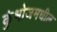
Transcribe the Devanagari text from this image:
कुंभोजमधील